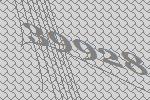
39928